DOW-UAP-D48, Department of the Air Force Report, 1996
Agency: Department of War
Incident date: 9/10/96
Page 130
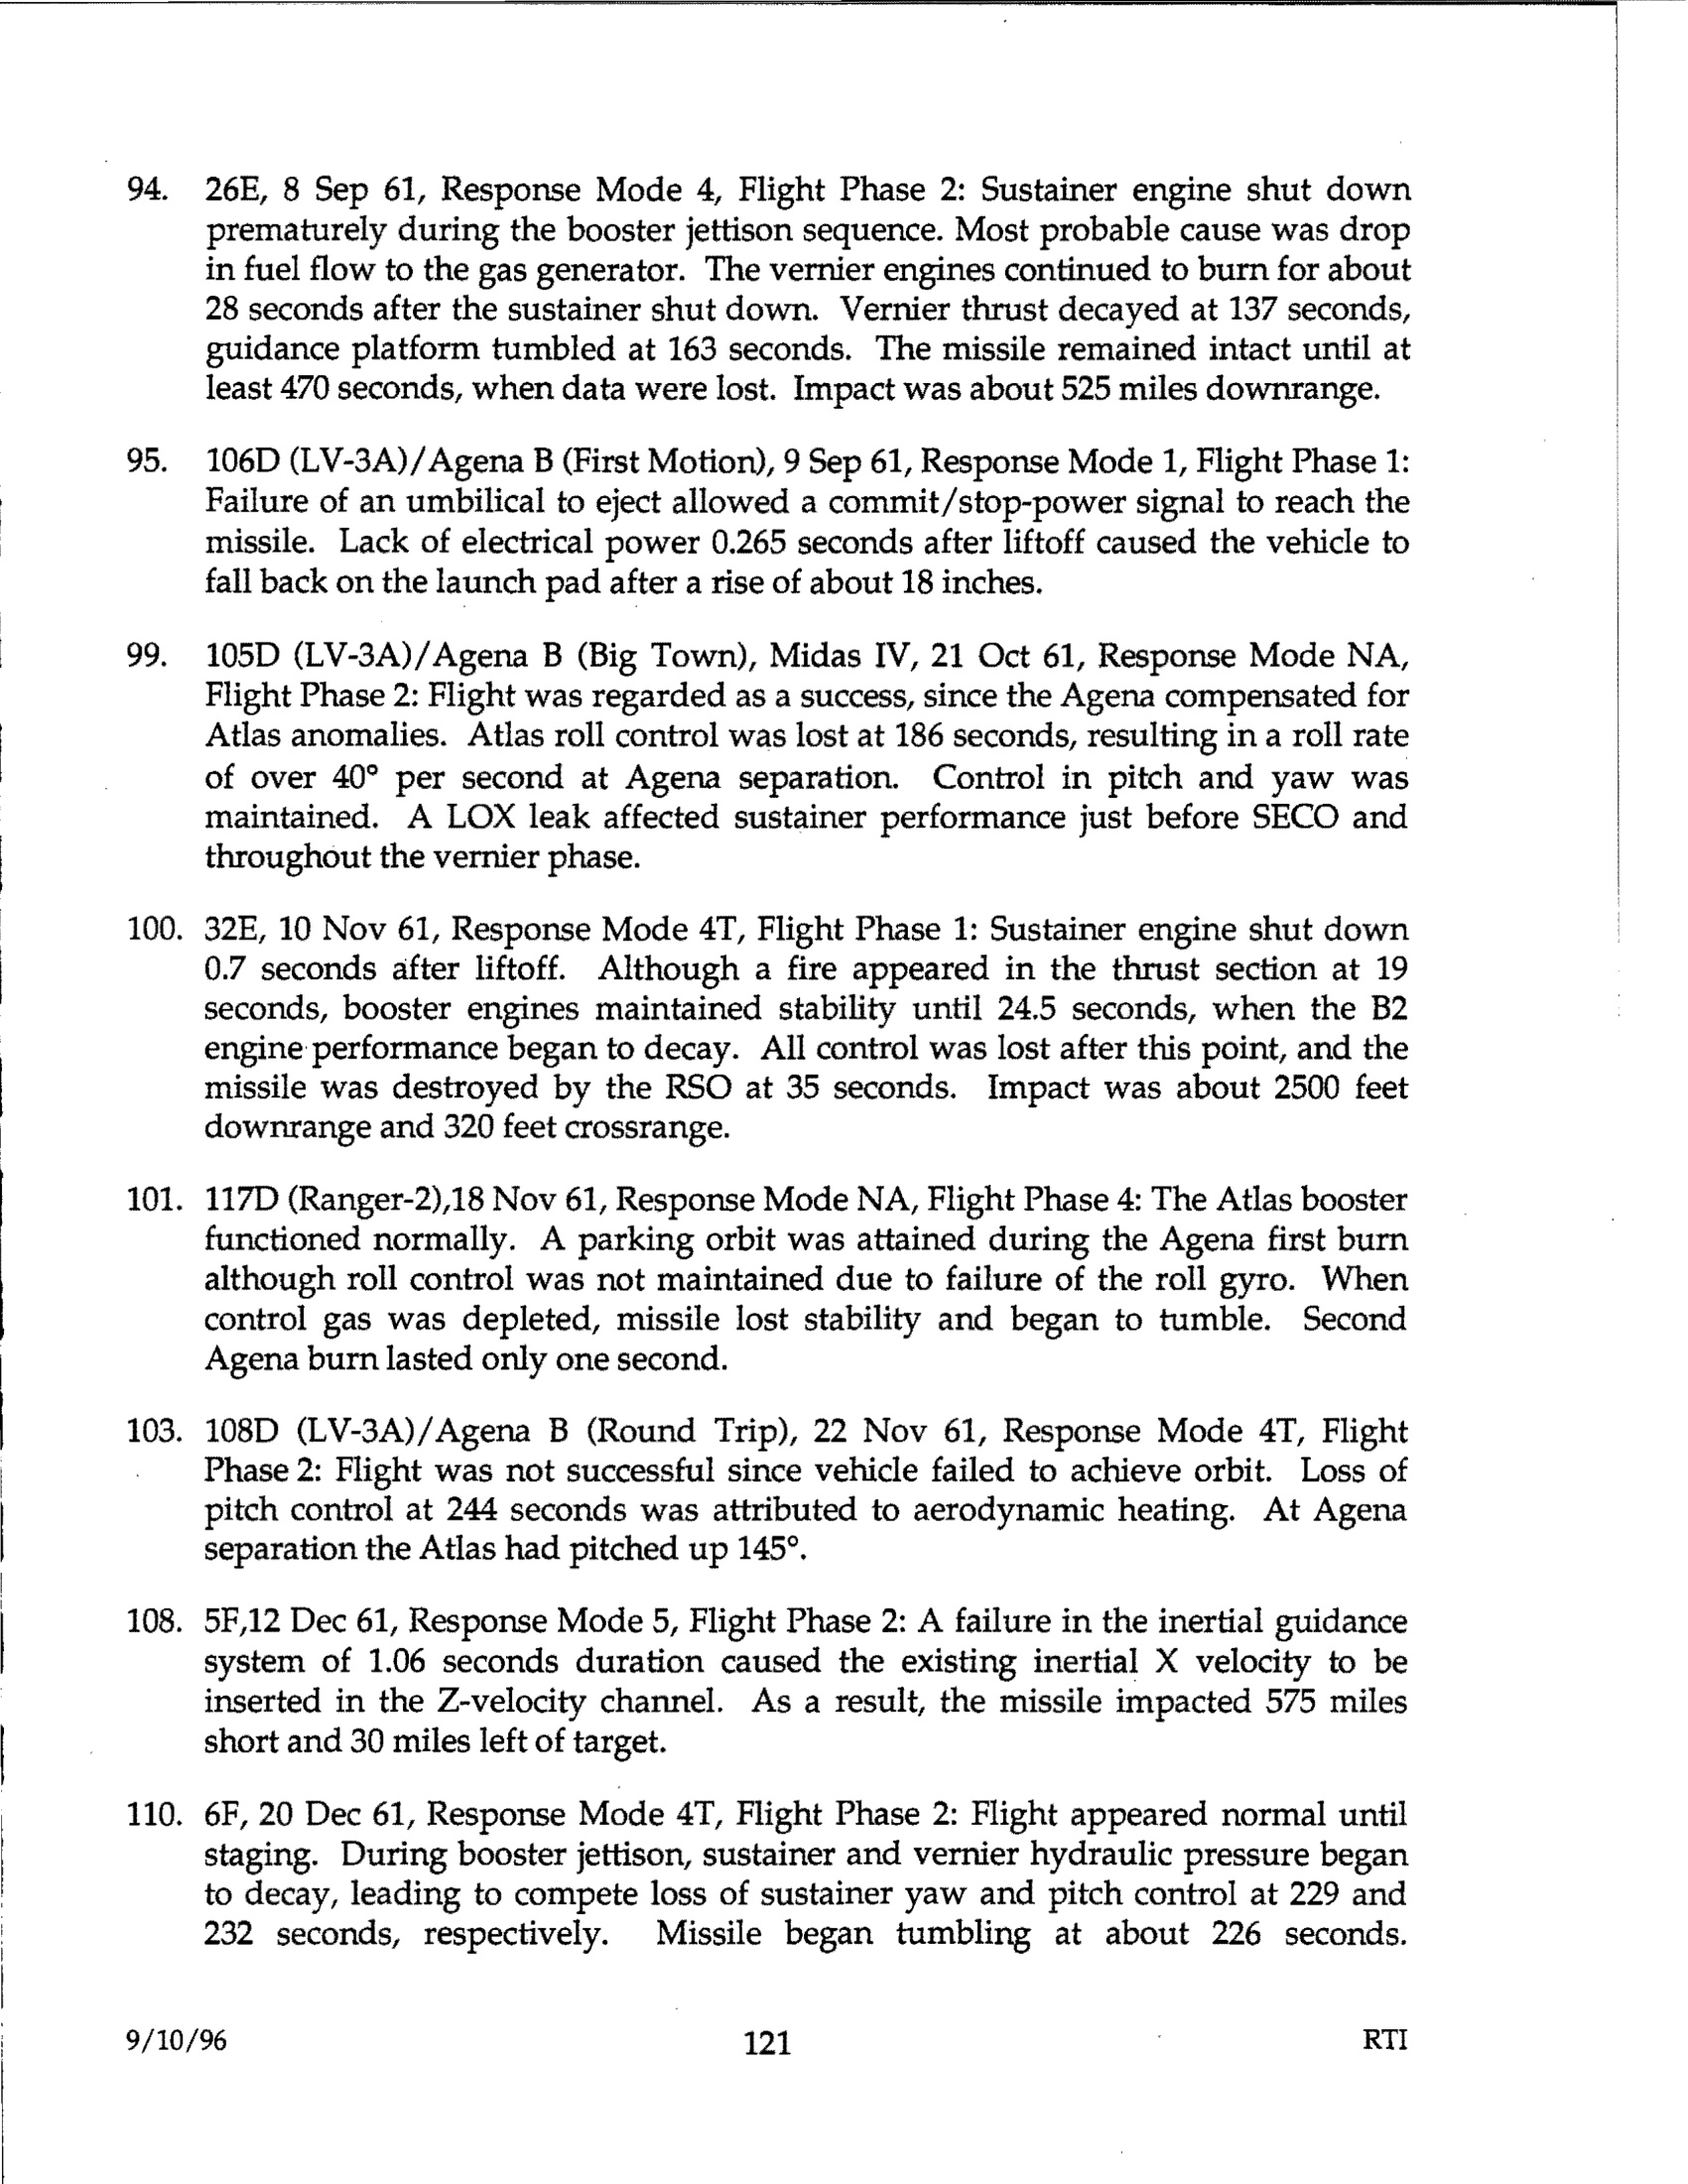